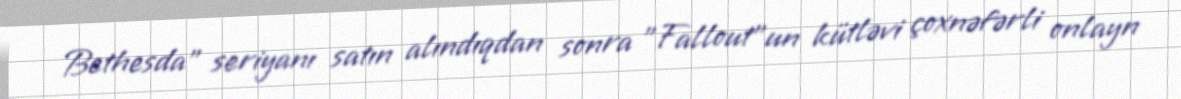
Bethesda" seriyanı satın alındıqdan sonra "Fallout"un kütləvi çoxnəfərli onlayn